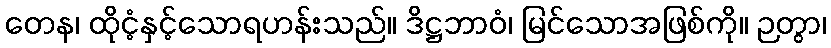
တေန၊ ထိုငံ့နှင့်သောရဟန်းသည်။ ဒိဋ္ဌဘာဝံ၊ မြင်သောအဖြစ်ကို။ ဉတွာ၊